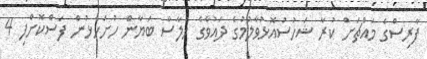
ފާރިސްގެ މައްޗަށް ކުރާ ޝަހުސުއޮޅުވާލުމުގެ ދައުވާގެ ޚުލާސާ ބަޔާން ހުށަހެޅުން ފަސްކޮށްފި 4